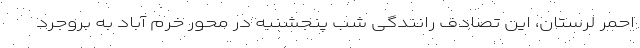
احمر لرستان، این تصادف رانندگی شب پنجشنبه در محور خرم آباد به بروجرد